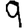
Digit: 9